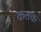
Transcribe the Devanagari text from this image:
कतक